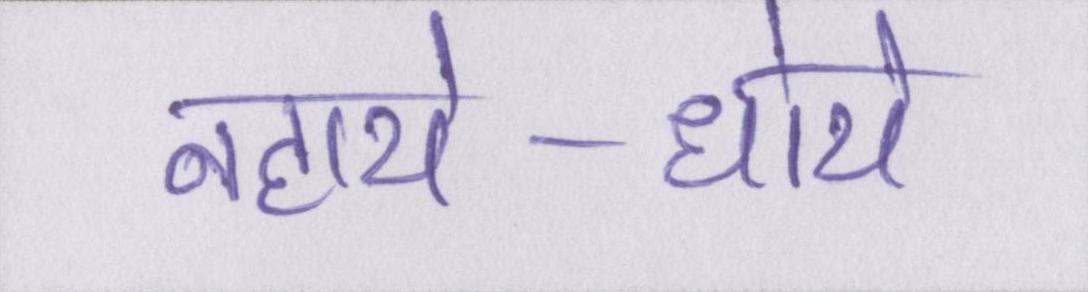
नहाये-धोये